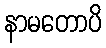
နာမတောပိ